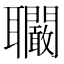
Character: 𦘑